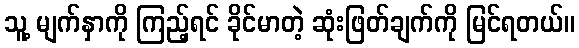
သူ့ မျက်နှာကို ကြည့်ရင် ခိုင်မာတဲ့ ဆုံးဖြတ်ချက်ကို မြင်ရတယ်။